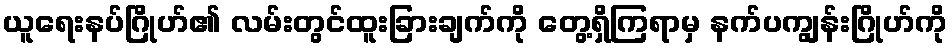
ယူရေးနပ်ဂြိုဟ်၏ လမ်းတွင်ထူးခြားချက်ကို တွေ့ရှိကြရာမှ နက်ပကျွန်းဂြိုဟ်ကို